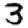
Digit: 3